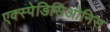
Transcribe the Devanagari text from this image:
एक्स्पेडिसिओनिस